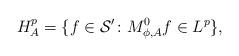
LaTeX: \begin{align*}H^p_A = \{ f \in \mathcal{S}' \colon M^0_{\phi,A} f \in L^p\},\end{align*}